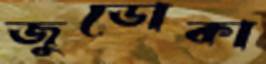
জুডোকা